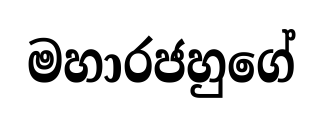
මහාරජහුගේ